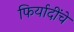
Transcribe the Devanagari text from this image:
फिर्यादींचे